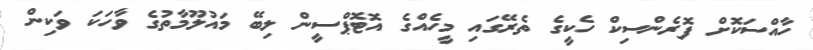
ހާއްސަކޮށް ފޮރެންސިކް ހެކީގެ ތެރޭގައި މީހެއްގެ އޮޓޮޕްސީން ލިބޭ މައުލޫމާތުގެ ވާހަކަ ވަކިން